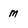
Character: M